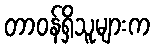
တာဝန်ရှိသူများက